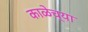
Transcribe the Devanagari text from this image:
काळेच्या